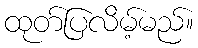
ထုတ်ပြလိမ့်မည်။